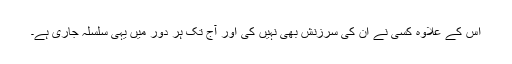
اس کے علاوہ کسی نے ان کی سرزنش بھی نہیں کی اور آج تک ہر دور میں یہی سلسلہ جاری ہے۔